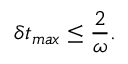
\delta t _ { m a x } \leq \frac { 2 } { \omega } .